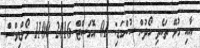
އާއި ގުޅޭ ތަކެތި ހޯދުުން ސުންގަޑި: 01 އޮގަސްޓް 2016 1100 މޯލްޑިވްސް